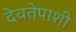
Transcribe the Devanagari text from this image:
देवतेपाशी